Report on the cultivation and use of ganja
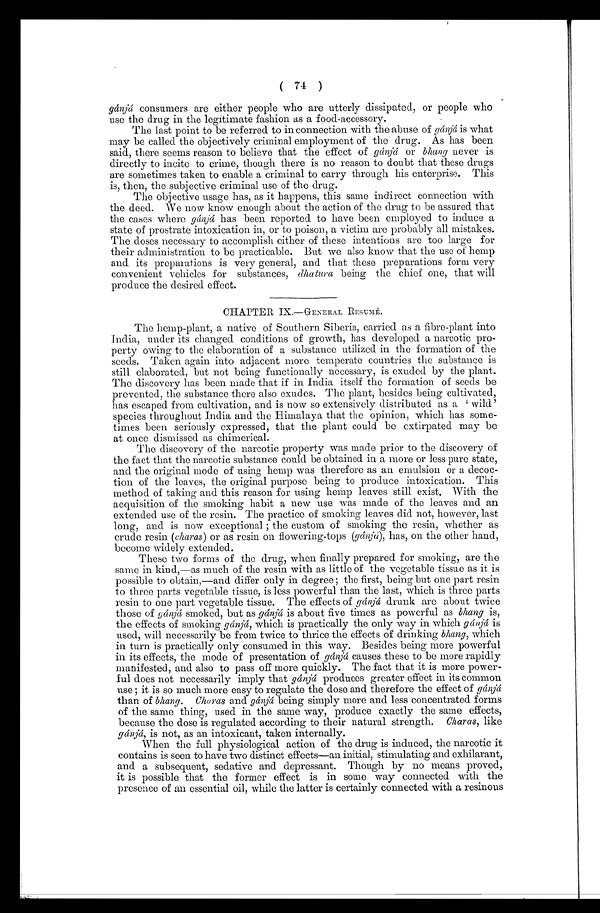
( 74 )
gánjá consumers are either people who are utterly dissipated, or people who
use the drug in the legitimate fashion as a food-accessory.
The last point to be referred to in connection with the abuse of gánjá is what
may be called the objectively criminal employment of the drug. As has been
said, there seems reason to believe that the effect of gánjá or bhang never is
directly to incite to crime, though there is no reason to doubt that these drugs
are sometimes taken to enable a criminal to carry through his enterprise. This
is, then, the subjective criminal use of the drug.
The objective usage has, as it happens, this same indirect connection with
the deed. We now know enough about the action of the drug to be assured that
the cases where gánjá has been reported to have been employed to induce a
state of prostrate intoxication in, or to poison, a victim are probably all mistakes.
The doses necessary to accomplish either of these intentions are too large for
their administration to be practicable. But we also know that the use of hemp
and its preparations is very general, and that these preparations form very
convenient vehicles for substances, dhatura being the chief one, that will
produce the desired effect.
CHAPTER IX.—GENERAL RESUMÉ.
The hemp-plant, a native of Southern Siberia, carried as a fibre-plant into
India, under its changed conditions of growth, has developed a narcotic pro-
perty owing to the elaboration of a substance utilized in the formation of the
seeds. Taken again into adjacent more temperate countries the substance is
still elaborated, but not being functionally necessary, is exuded by the plant.
The discovery has been made that if in India itself the formation of seeds be
prevented, the substance there also exudes. The plant, besides being cultivated,
has escaped from cultivation, and is now so extensively distributed as a ‘wild'
species throughout India and the Himalaya that the opinion, which has some-
times been seriously expressed, that the plant could be extirpated may be
at once dismissed as chimerical.
The discovery of the narcotic property was made prior to the discovery of
the fact that the narcotic substance could be obtained in a more or less pure state,
and the original mode of using hemp was therefore as an emulsion or a decoc-
tion of the leaves, the original purpose being to produce intoxication. This
method of taking and this reason for using hemp leaves still exist. With the
acquisition of the smoking habit a new use was made of the leaves and an
extended use of the resin. The practice of smoking leaves did not, however, last
long, and is now exceptional ; the custom of smoking the resin, whether as
crude resin (charas) or as resin on flowering-tops (gánjá), has, on the other hand,
become widely extended.
These two forms of the drug, when finally prepared for smoking, are the
same in kind,—as much of the resin with as little of the vegetable tissue as it is
possible to obtain,—and differ only in degree ; the first, being but one part resin
to three parts vegetable tissue, is less powerful than the last, which is three parts
resin to one part vegetable tissue. The effects of gánjá drunk are about twice
those of gánjá smoked, but as gánjá is about five times as powerful as bhang is,
the effects of smoking gánjá, which is practically the only way in which gánjá is
used, will necessarily be from twice to thrice the effects of drinking bhang, which
in turn is practically only consumed in this way. Besides being more powerful
in its effects, the mode of presentation of gánjá causes these to be more rapidly
manifested, and also to pass off more quickly. The fact that it is more power-
ful does not necessarily imply that gánjá produces greater effect in its common
use ; it is so much more easy to regulate the dose and therefore the effect of gánjá
than of bhang. Charas and gánjá being simply more and less concentrated forms
of the same thing, used in the same way, produce exactly the same effects,
because the dose is regulated according to their natural strength. Charas, like
gánjá, is not, as an intoxicant, taken internally.
When the full physiological action of the drug is induced, the narcotic it
contains is seen to have two distinct effects—an initial, stimulating and exhilarant,
and a subsequent, sedative and depressant. Though by no means proved,
it is possible that the former effect is in some way connected with the
presence of an essential oil, while the latter is certainly connected with a resinous